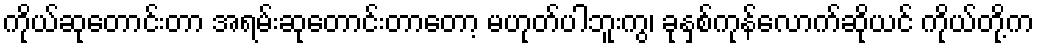
ကိုယ်ဆုတောင်းတာ အရမ်းဆုတောင်းတာတော့ မဟုတ်ပါဘူးကွ၊ ခုနှစ်ကုန်လောက်ဆိုယင် ကိုယ်တို့က